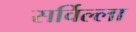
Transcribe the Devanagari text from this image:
सर्विल्ला